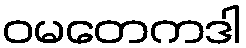
ဝမတေကဒါ